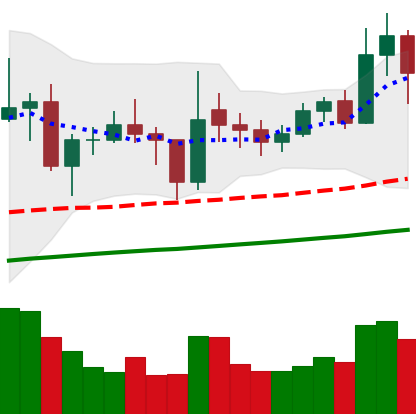
Ticker: ETC-USD
Chart end date: 2021-02-07
Forward return: 45.026%
Label: up_7plus